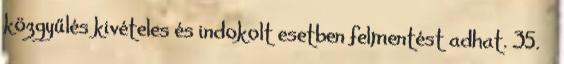
közgyűlés kivételes és indokolt esetben felmentést adhat. 35. §